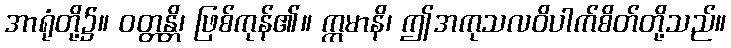
အာရုံတို့၌။ ဝတ္တန္တိ၊ ဖြစ်ကုန်၏။ ဣမာနိ၊ ဤအကုသလဝိပါက်စိတ်တို့သည်။